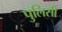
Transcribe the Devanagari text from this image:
पुलिसी